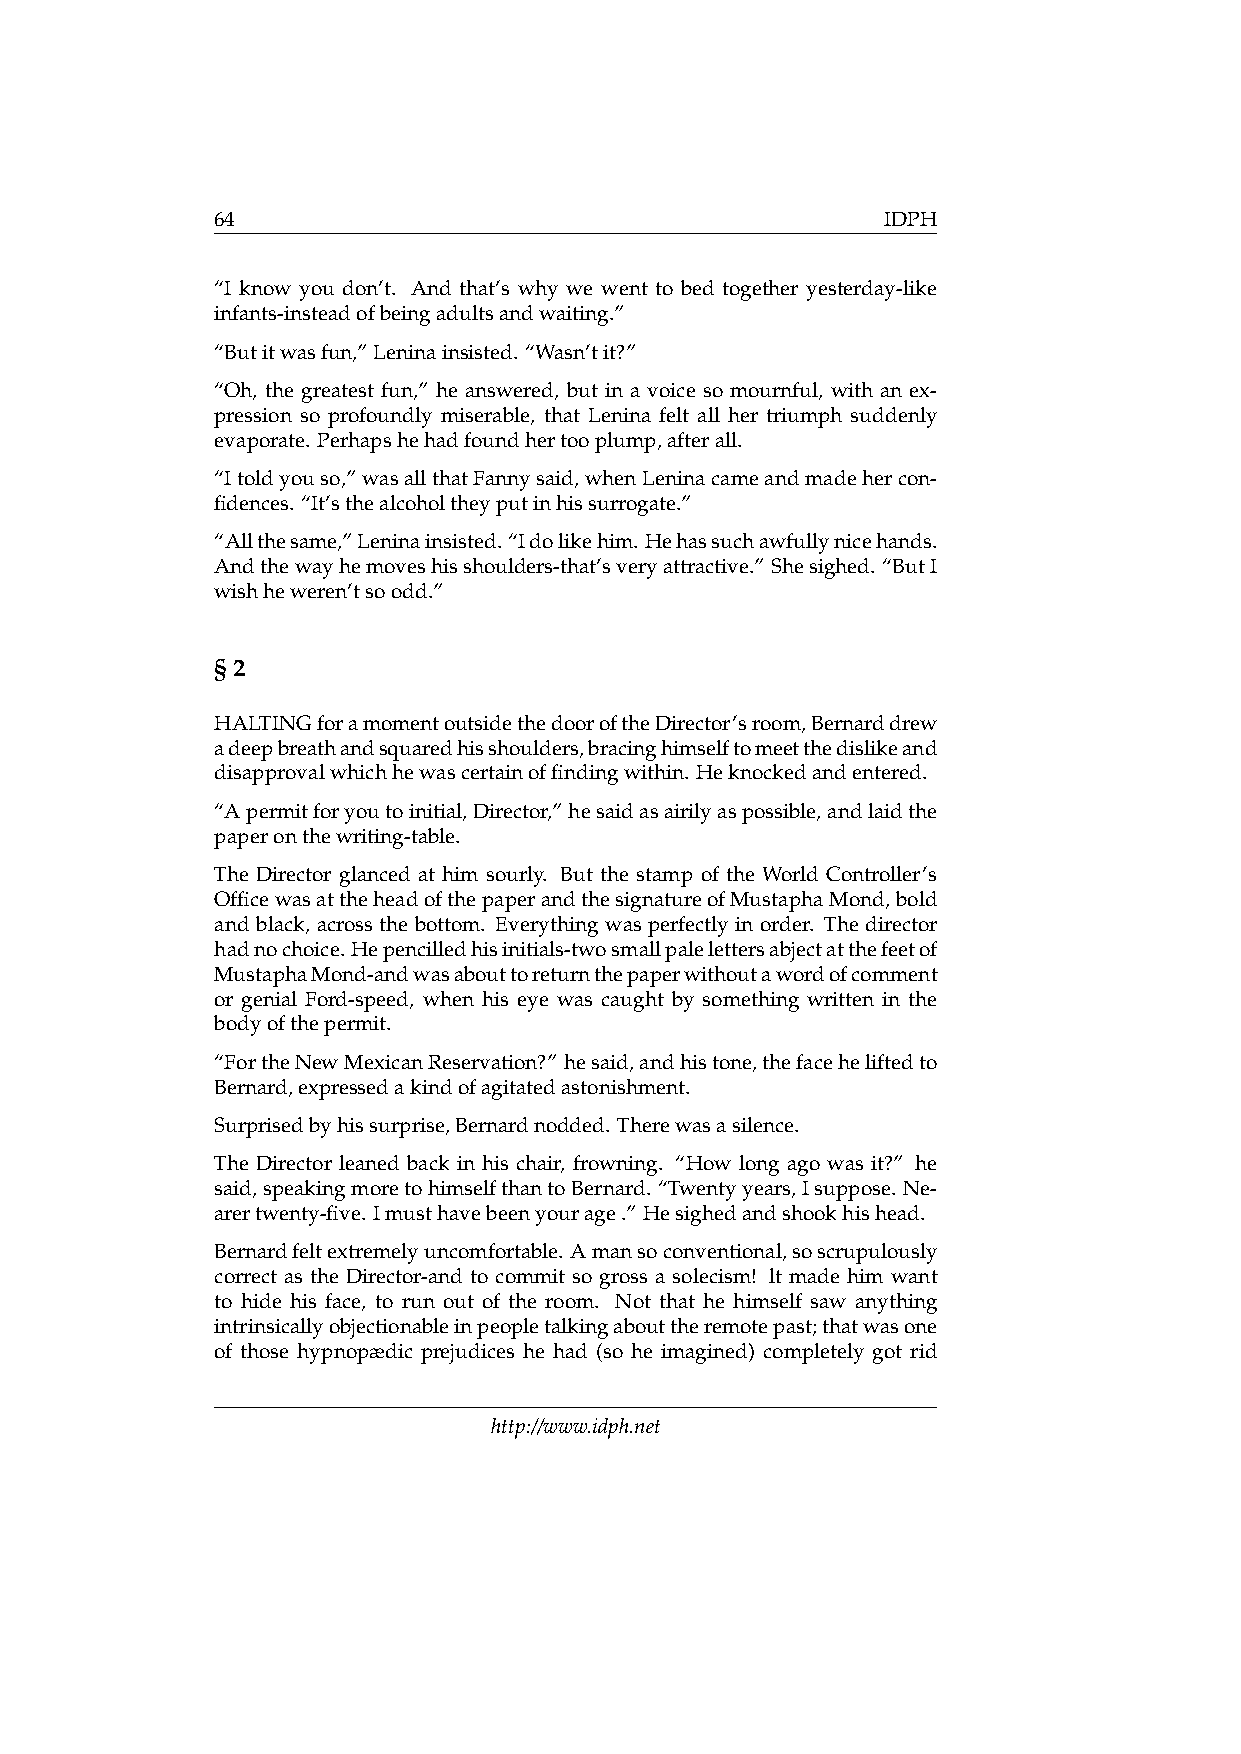
64                                           IDPH
 “I know you don’t. And that’s why we went to bed together yesterday-like
 infants-insteadofbeingadultsandwaiting.”
 “Butitwasfun,”Leninainsisted. “Wasn’tit?”
 “Oh, the greatest fun,” he answered, but in a voice so mournful, with an ex-
 pression so profoundly miserable, that Lenina felt all her triumph suddenly
 evaporate. Perhapshehadfoundhertooplump,afterall.
 “Itoldyouso,”wasallthatFannysaid,whenLeninacameandmadehercon-
 fidences. “It’sthealcoholtheyputinhissurrogate.”
 “Allthesame,”Leninainsisted.“Idolikehim.Hehassuchawfullynicehands.
 Andthewayhemoveshisshoulders-that’sveryattractive.” Shesighed. “ButI
 wishheweren’tsoodd.”
 §2
 HALTINGforamomentoutsidethedooroftheDirector’sroom,Bernarddrew
 adeepbreathandsquaredhisshoulders,bracinghimselftomeetthedislikeand
 disapprovalwhichhewascertainoffindingwithin. Heknockedandentered.
 “Apermitforyoutoinitial,Director,”hesaidasairilyaspossible,andlaidthe
 paperonthewriting-table.
 The Director glanced at him sourly. But the stamp of the World Controller’s
 OfficewasattheheadofthepaperandthesignatureofMustaphaMond,bold
 and black, across the bottom. Everything was perfectly in order. The director
 hadnochoice.Hepencilledhisinitials-twosmallpalelettersabjectatthefeetof
 MustaphaMond-andwasabouttoreturnthepaperwithoutawordofcomment
 or genial Ford-speed, when his eye was caught by something written in the
 bodyofthepermit.
 “FortheNewMexicanReservation?” hesaid,andhistone,thefaceheliftedto
 Bernard,expressedakindofagitatedastonishment.
 Surprisedbyhissurprise,Bernardnodded. Therewasasilence.
 The Director leaned back in his chair, frowning. “How long ago was it?” he
 said,speakingmoretohimselfthantoBernard. “Twentyyears,Isuppose. Ne-
 arertwenty-five. Imusthavebeenyourage.” Hesighedandshookhishead.
 Bernardfeltextremelyuncomfortable. Amansoconventional,soscrupulously
 correct as the Director-and to commit so gross a solecism! lt made him want
 to hide his face, to run out of the room. Not that he himself saw anything
 intrinsicallyobjectionableinpeopletalkingabouttheremotepast;thatwasone
 of those hypnopædic prejudices he had (so he imagined) completely got rid
 http://www.idph.net